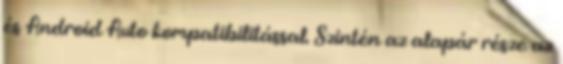
és Android Auto kompatibilitással. Szintén az alapár része az